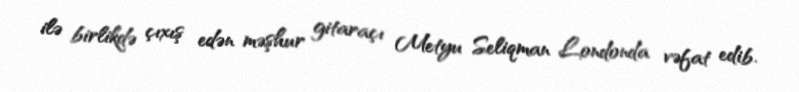
ilə birlikdə çıxış edən məşhur gitaraçı Metyu Seliqman Londonda vəfat edib.